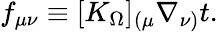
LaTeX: f_{\mu\nu}\equiv[K_{\Omega}]_{(\mu}\nabla_{\nu)}t.